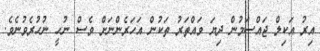
އިރު އަކިލް ޖައްސަމުން ދިޔަ ވައްތަރު ތަކުން އަހަރެންނަށް ވެސް ނުހީ ނުހުރެވުނެވެ.